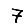
Digit: 7